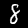
Digit: 8